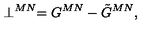
\perp ^ { M N } = G ^ { M N } - \tilde { G } ^ { M N } ,